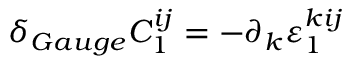
\delta _ { G a u g e } C _ { 1 } ^ { i j } = - \partial _ { k } \varepsilon _ { 1 } ^ { k i j }